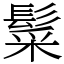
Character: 䰂